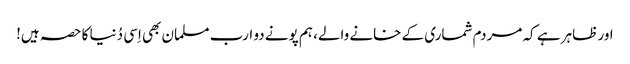
اور ظاہر ہے کہ مردم شماری کے خانے والے، ہم پونے دو ارب مسلمان بھی اِسی دُنیا کا حصہ ہیں!